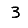
Digit: 3